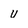
Character: u